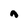
Character: n